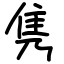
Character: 隽